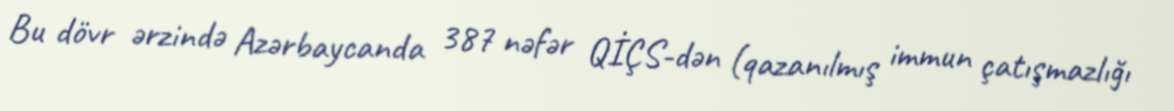
Bu dövr ərzində Azərbaycanda 387 nəfər QİÇS-dən (qazanılmış immun çatışmazlığı